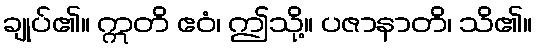
ချုပ်၏။ ဣတိ ဧဝံ၊ ဤသို့။ ပဇာနာတိ၊ သိ၏။